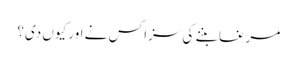
مرغا بننے کی سزا کس نے اور کیوں دی؟